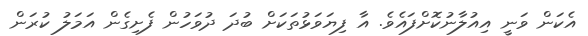
އެކަން ވަނީ އިއުލާނުކޮށްފައެވެ. އާ ފިޔަވަޅުތަކަށް ބުދަ ދުވަހުން ފެށިގެން އަމަލު ކުރަން